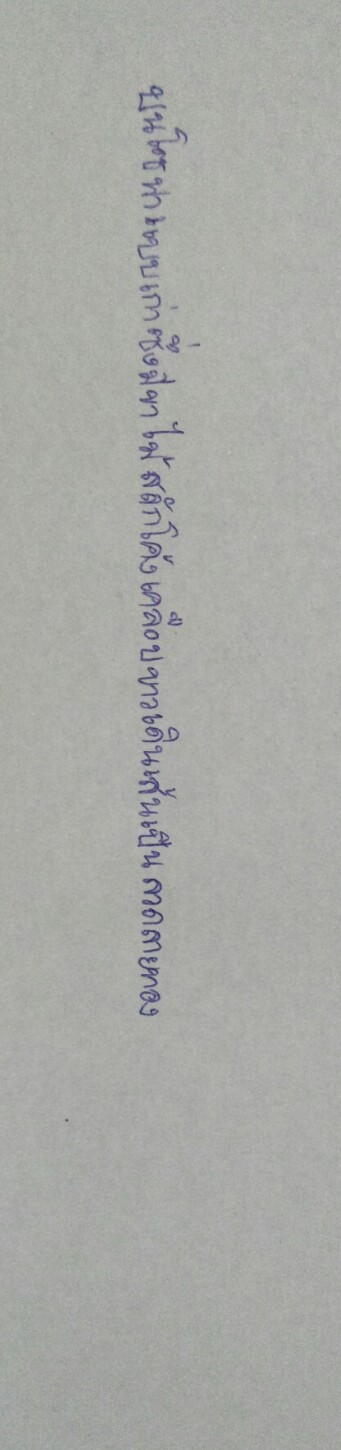
บนโซฟาแบบเก่าซึ่งมีขาไม้สลักโค้งเคลือบขาวเดินเส้นเป็นลวดลายทอง